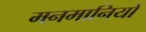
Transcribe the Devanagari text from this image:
मनमानियों